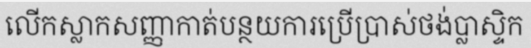
លើកស្លាកសញ្ញាកាត់បន្ថយការប្រើប្រាស់ថង់ប្លាស្ទិក